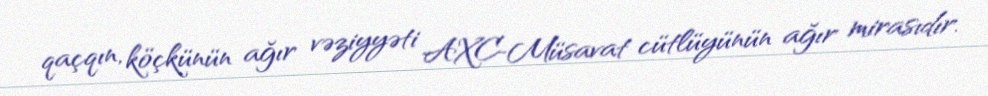
qaçqın, köçkünün ağır vəziyyəti AXC-Müsavat cütlüyünün ağır mirasıdır.